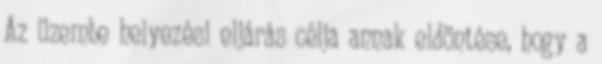
Az üzembe helyezési eljárás célja annak eldöntése, hogy a